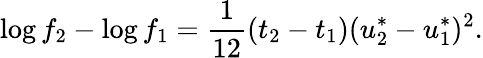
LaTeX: \log f_{2}-\log f_{1}=\frac{1}{12}(t_{2}-t_{1})(u_{2}^{*}-u_{1}^{*})^{2}.